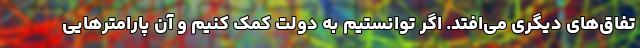
تفاق‌های دیگری می‌افتد. اگر توانستیم به دولت کمک کنیم و آن پارامترهایی